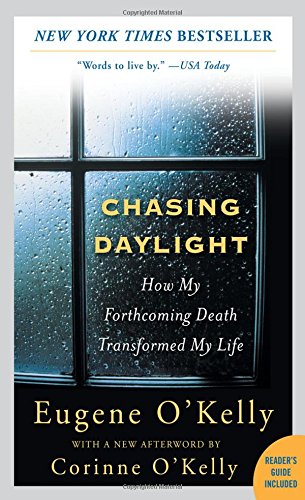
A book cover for Chasing Daylight: How My Forthcoming Death Transformed My Life; Eugene O'Kelly; Self-Help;